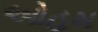
ઓહમ